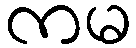
ကမ